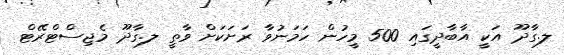
ލ.ގާދޫ އަކީ އާބާދީގައި 500 މީހުން ހަމަނުވާ ރަށަކަށް ވާތީ ލ.ގާދޫ މެޖިސްޓްރޭޓް